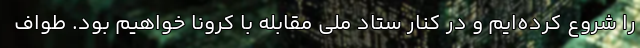
را شروع کرده‌ایم و در کنار ستاد ملی مقابله با کرونا خواهیم بود. طواف